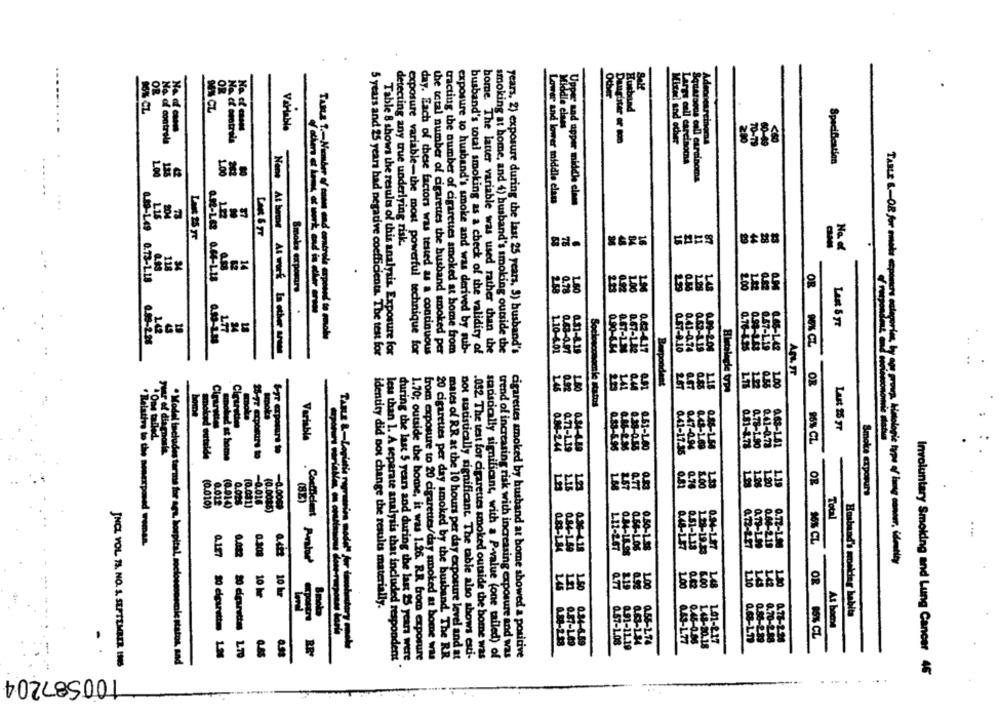
Salt
OR
Other
RR
RR
16% CL
NA CL
Husband
No of controls
Variable
Dancitar of son
Mixal and other
Lings cell carcinoma
Specification
1.00
Squassous call eureinoms
Lower and lower middle class
er and upper middle elam
LIS
20%
detecting any true underlying risk.
SAES
No. of
6.89-149 0.73-LIS
258
0.73
GEGE
SE65
2.00
TABLE &-OR for omota exponera
Er
Smoke expomars.
Last & yr
Tasa 1 .- Nauber of caem and controla exposed to smoke
OR 9Ex CL
Table 8 shows the results of this analysis. Exposure for
tracting the number of cigarettes smoked at home from
busband's total smoking as a check of the validity of
home. The latter variable was used rather than the
smoking at home, and 4) husband's smoking outside the
years, 2) exposure during the last 25 years, 3) husband's
1.10-6.01
0.63-0.97
0.31-8.18
0.90-6.84
0.62-4.17
0.67-9.10
0.41-0.74
0.99-208
0.76-425
0.57-1.19
0.68-142
None At beme At work La other anne
5 years and 25 years had negative coefficients. The test for
exposure variable-the most powerful technique for
day. Each of these factors was tested as a continuous
the total number of cigarettes the husband smoked per
exposure to husband's smoke and was derived by sub-
0.67-124
0.67-1.02
GEES
Respondent
25
1.15
1.11
1.00
OR
Cirur
Sociosconomie status
Last 25 yr
Cirirettes
Variable
95% CZ
Ponownie stasia
year of diagnosia.
Syr exposure to
0.86-244
0.71-1.19
0.34-4.59
0.47-0.04
0.88-1.58
081-1.71
0.78-1.90
0.41-0.72
0.68-1.61
prawa at home
0.41-17.35
P
GEG
1E596
0.76
8.00
GEGE
1.19
OR
Smoke exporurs
(0.010)
0.012
(0.014)
(0.001)
-0.016
-0.0069
(82)
(0.0015)
Total
" Relative to the nowexposed womes.
L11-2
0.94-197
0.46-215
0.83-1.84
0.84-1.59
0.36-4.18
0.48-157
0.51-1.1.
0.72-1.00
0.127
0.022
0.303
16% CL
Histologic type of mg conour, identity
Confident Pratar
EGE
2.19
1.00
L48
10 kr
10 kr
Q.77
identity did not change the results materially.
Husband's smoking habita
At home
Q69-11
1.01-212
0.84-6.59
058-274
OR 85% CL
0.91-11.19
30 cigarettes 1.9%
20 cigarettes 1.70
1.70; outside the home. it was 1.26. R.R from exposure
from exposure to 20 cigarettes/day smoked at home was
mates of RR at the 10 hours per day exposure level and at
not statistically significant The table also shows esti-
.032. The test for cigarettes smoked outside the home was
stadsdically significant, with a P-value (one tailed) of
trend of increasing risk with increasing exposure and was
cigarettes smoked by husband at home showed a positive
JNCL YOL IS. NO. S. SEPTEMBER INS
·Model includes terms for aga, hospital, sociosconecle statos, and
less than 1. A separate analysis that included respondent
during the last 5 years and during the last 25 years were
20 cigarettes per day smoked by the husband. The RR
100587204
Involuntary Smoking and Lung Cancer 46
....
...